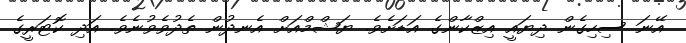
އޭނަ ސިހިގެން ދިޔައީ އިޒްކާންގެ އަޑަށެވެ. ޔަޝްމްއަށް އެނދުން ތެދުވެވުނެވެ. އަދި ކޮޓަރީގެ